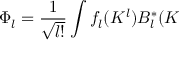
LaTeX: \Phi _ { l } = \frac { 1 } { \sqrt { l ! } } \int f _ { l } ( { \cal K } ^ { l } ) B _ { l } ^ { \ast } ( { \cal K }